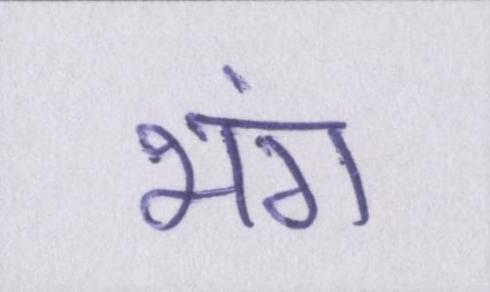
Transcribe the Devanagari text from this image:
भंग